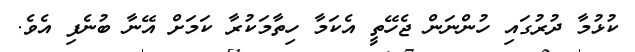
ކުޅުމާ ދުރުގައި ހުންނަން ޖެހޭތީ އެކަމާ ހިތާމަކުރާ ކަމަށް އޭނާ ބުނެފި އެވެ.